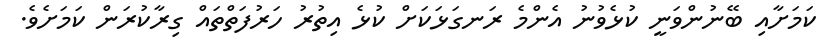
ކަމަށާއި ބޭނުންވަނީ ކުޅެވުނު އެންމެ ރަނގަޅަކަށް ކުޅެ އިތުރު ހަރުފަތްތައް ގިރާކުރަން ކަމަށެވެ.